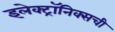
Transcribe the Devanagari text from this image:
इलेक्ट्रॉनिक्सची